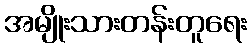
အမျိုးသားတန်းတူရေး